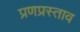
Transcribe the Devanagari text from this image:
प्रणप्रस्ताव